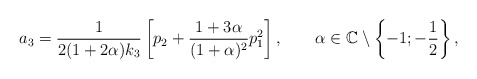
\begin{align*} a_3=\frac{1}{2(1+2\alpha)k_3}\left[p_2+\frac{1+3\alpha}{(1+\alpha)^2}p_1^2\right],\quad\quad\alpha\in\mathbb{C}\setminus\left\{-1;-\frac{1}{2}\right\},\end{align*}